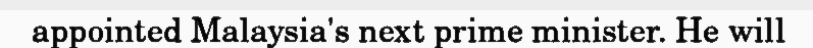
appointed Malaysia's next prime minister. He will